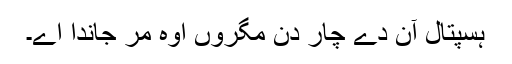
ہسپتال آن دے چار دن مگروں اوہ مر جاندا اے۔